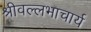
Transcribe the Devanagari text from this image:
श्रीवल्‍लभाचार्य